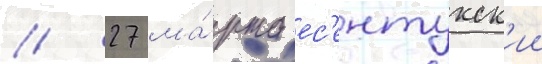
// 27 ма́рта ес'ентукск'ии